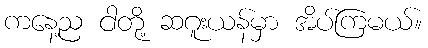
ကနေ့ည ငါတို့ ဆဂူးယန်မှာ အိပ်ကြမယ်။